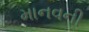
માનવની